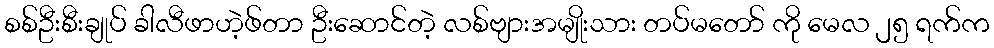
စစ်ဦးစီးချုပ် ခါလီဖာဟဲ့ဖ်တာ ဦးဆောင်တဲ့ လစ်ဗျားအမျိုးသား တပ်မတော် ကို မေလ ၂၅ ရက်က